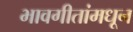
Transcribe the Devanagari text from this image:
भावगीतांमधून